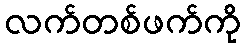
လက်တစ်ဖက်ကို